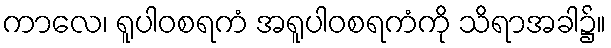
ကာလေ၊ ရူပါဝစရကံ အရူပါဝစရကံကို သိရာအခါ၌။